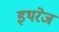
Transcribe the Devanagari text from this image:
इथरेज